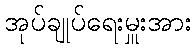
အုပ်ချုပ်ရေးမှူးအား